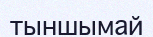
тыншымай